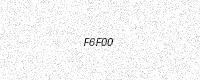
Text: F6F00